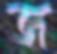
জ